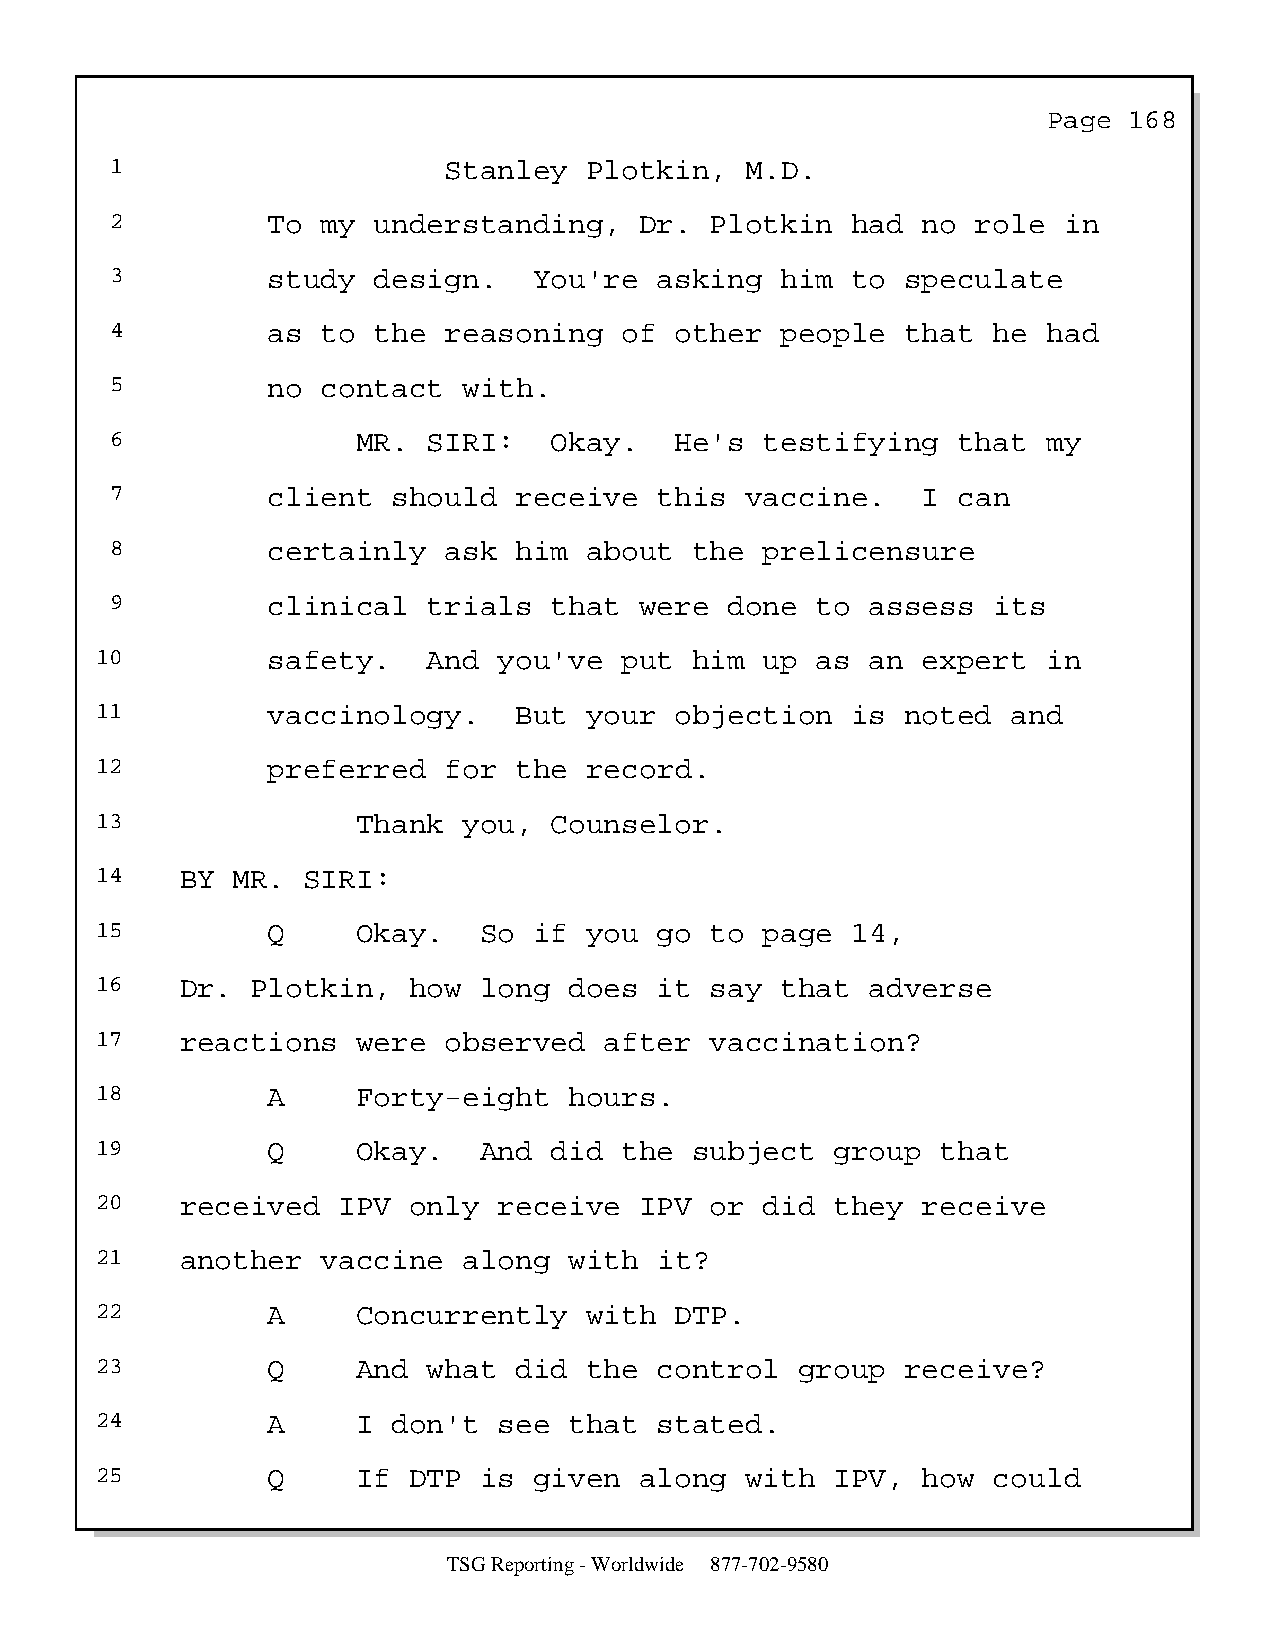
Page  168
 1                     Stanley   Plotkin,  M.D.
 2          To my  understanding,   Dr.  Plotkin  had  no  role in
 3          study  design.   You're   asking  him to  speculate
 4          as to  the reasoning   of  other  people  that  he had
 5          no contact   with.
 6                MR. SIRI:   Okay.    He's  testifying  that  my
 7          client  should  receive   this vaccine.    I can
 8          certainly  ask  him  about  the  prelicensure
 9          clinical  trials  that  were  done  to  assess  its
 10          safety.   And  you've  put  him  up as  an expert  in
 11          vaccinology.    But  your  objection  is  noted  and
 12          preferred  for  the  record.
 13                Thank  you, Counselor.
 14    BY MR.  SIRI:
 15          Q     Okay.   So if  you  go to  page 14,
 16    Dr.  Plotkin,  how  long  does  it say  that  adverse
 17    reactions   were observed   after  vaccination?
 18          A     Forty-eight   hours.
 19          Q     Okay.   And did  the  subject  group  that
 20    received  IPV  only  receive  IPV  or  did they  receive
 21    another  vaccine   along  with  it?
 22          A     Concurrently   with  DTP.
 23          Q     And what  did  the  control  group  receive?
 24          A     I don't  see  that  stated.
 25          Q     If DTP  is given  along  with  IPV,  how  could
 TSG Reporting - Worldwide 877-702-9580